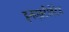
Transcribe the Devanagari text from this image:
इनएक्टीवेटेड